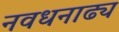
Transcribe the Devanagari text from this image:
नवधनाढ्य